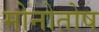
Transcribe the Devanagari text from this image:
मोनोतोष